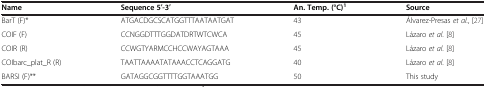
<table><thead><tr><td><b>Name</b></td><td><b>Sequence 5′-3′</b></td><td><b>An. Temp. (°C)<sup>1</sup></b></td><td><b>Source</b></td></tr></thead><tbody><tr><td>BarT (F)*</td><td>ATGACDGCSCATGGTTTAATAATGAT</td><td>43</td><td>Álvarez-Presas <i>et al.</i>, [27]</td></tr><tr><td>COIF (F)</td><td>CCNGGDTTTGGDATDRTWTCWCA</td><td>45</td><td>Lázaro <i>et al.</i>[8]</td></tr><tr><td>COIR (R)</td><td>CCWGTYARMCCHCCWAYAGTAAA</td><td>45</td><td>Lázaro <i>et al.</i>[8]</td></tr><tr><td>COIbarc_plat_R (R)</td><td>TAATTAAAATATAAACCTCAGGATG</td><td>40</td><td>Lázaro <i>et al.</i>[8]</td></tr><tr><td>BARSI (F)**</td><td>GATAGGCGGTTTTGGTAAATGG</td><td>50</td><td>This study</td></tr></tbody></table>